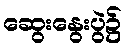
ဆွေးနွေးပွဲ၌